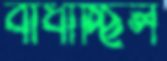
বাধাচ্ছিল